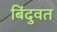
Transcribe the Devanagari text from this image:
बिंदुवत